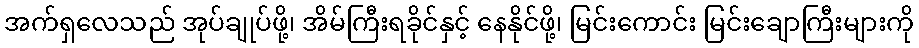
အက်ရှလေသည် အုပ်ချုပ်ဖို့၊ အိမ်ကြီးရခိုင်နှင့် နေနိုင်ဖို့၊ မြင်းကောင်း မြင်းချောကြီးများကို